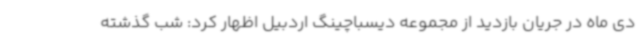
دی ماه در جریان بازدید از مجموعه دیسباچینگ اردبیل اظهار کرد: شب گذشته